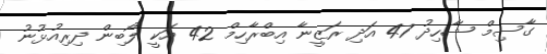
ގާސިމް ޝާހިދު 47 އަދި ރަޒީނާ އިބްރާހިމް 42 އަކީ ލޯބިން ދިރިއުޅުނު